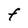
Character: F